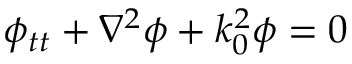
\phi _ { t t } + \nabla ^ { 2 } \phi + k _ { 0 } ^ { 2 } \phi = 0